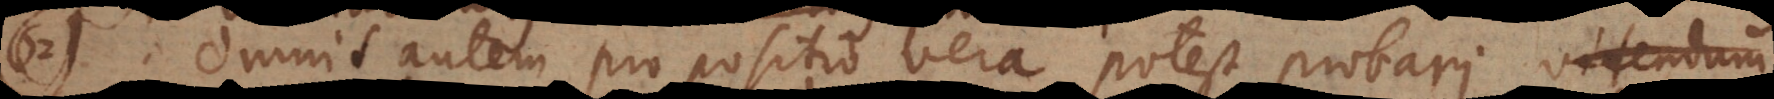
62) Omnis autem propositio vera potest probari. Videndum